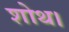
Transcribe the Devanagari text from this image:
शोथ।